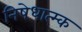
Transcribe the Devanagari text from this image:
निषेधात्म्क